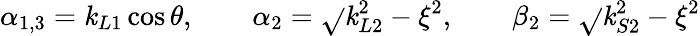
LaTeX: \alpha_{1,3}=\mathit{k}_{L1}\cos\theta,\quad\quad\alpha_{2}=\sqrt{}{{\mathit{k}_{L2}^{2}-\xi^{2}}},\quad\quad\beta_{2}=\sqrt{}{{\mathit{k}_{S2}^{2}-\xi^{2}}}